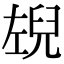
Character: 𭘉